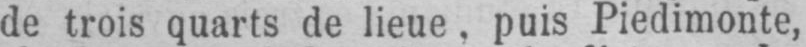
de trois quarts de lieue, puis Piedimonte,